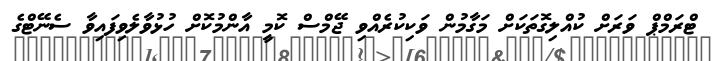
ޓްރަމްޕް ވަރަށް ކުއްލިގޮތަކަށް މަގާމުން ވަކިކުރެއްވި ޖޭމްސް ކޮމީ އާންމުކޮށް ހުޅުވާލެވިފައިވާ ސެނޭޓްގެ